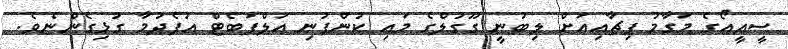
ސީއީއޯގެ މަގާމު ޕިޗާއިއަށް ލިބުނީ ގޫގުލްގެ މައި ކުންފުނި އަލްފަބެޓް އުފެދުމާ ގުޅިގެންނެވެ.